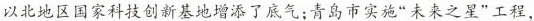
以北地区国家科技创新基地增添了底气；青岛市实施”未来之星”工程，